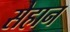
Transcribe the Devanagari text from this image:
सेहान